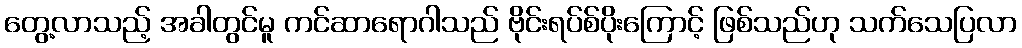
တွေ့လာသည့် အခါတွင်မူ ကင်ဆာရောဂါသည် ဗိုင်းရပ်စ်ပိုးကြောင့် ဖြစ်သည်ဟု သက်သေပြလာ